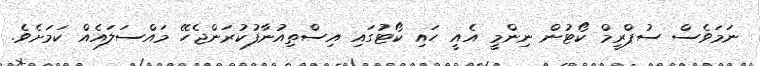
ނަމަވެސް ސުޕްރީމް ކޯޓުން ނިންމީ އެއީ ހައި ކޯޓުގައި އިސްތިއުނާފުކުރަންޖެހޭ މައްސަލައެއް ކަމަށެވެ.